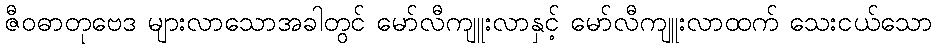
ဇီဝဓာတုဗေဒ များလာသောအခါတွင် မော်လီကျူးလာနှင့် မော်လီကျူးလာထက် သေးငယ်သော